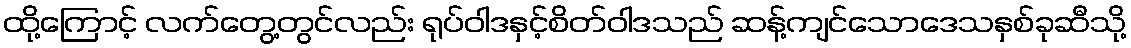
ထို့ကြောင့် လက်တွေ့တွင်လည်း ရုပ်ဝါဒနှင့်စိတ်ဝါဒသည် ဆန့်ကျင်သောဒေသနှစ်ခုဆီသို့